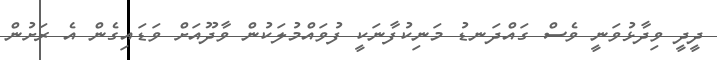
ދީދީ ވިދާޅުވަނީ ވެސް ގައްދަނޑު މަނިކުފާނަކީ ފުވައްމުލަކުން ވާދޫއަށް ވަޑައިގެން އެ ރަށުން